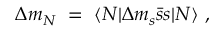
\Delta m _ { N } ~ = ~ \langle N | \Delta m _ { s } \bar { s } s | N \rangle \ ,